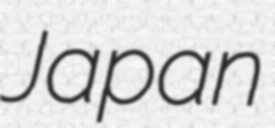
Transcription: Japan